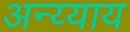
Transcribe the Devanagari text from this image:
अन्य्याय